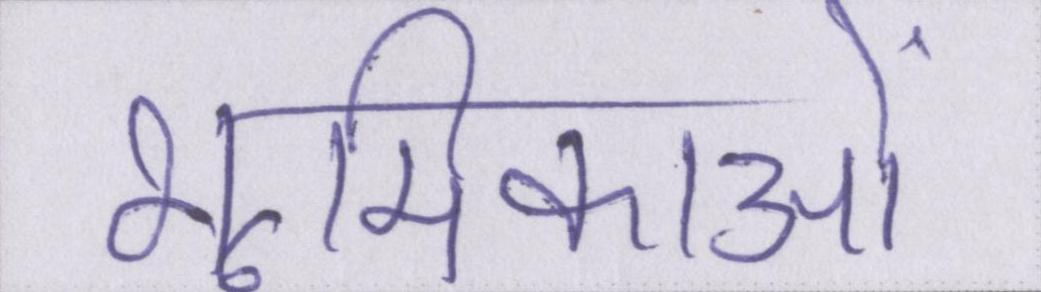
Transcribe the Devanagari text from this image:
भूमिकाओं